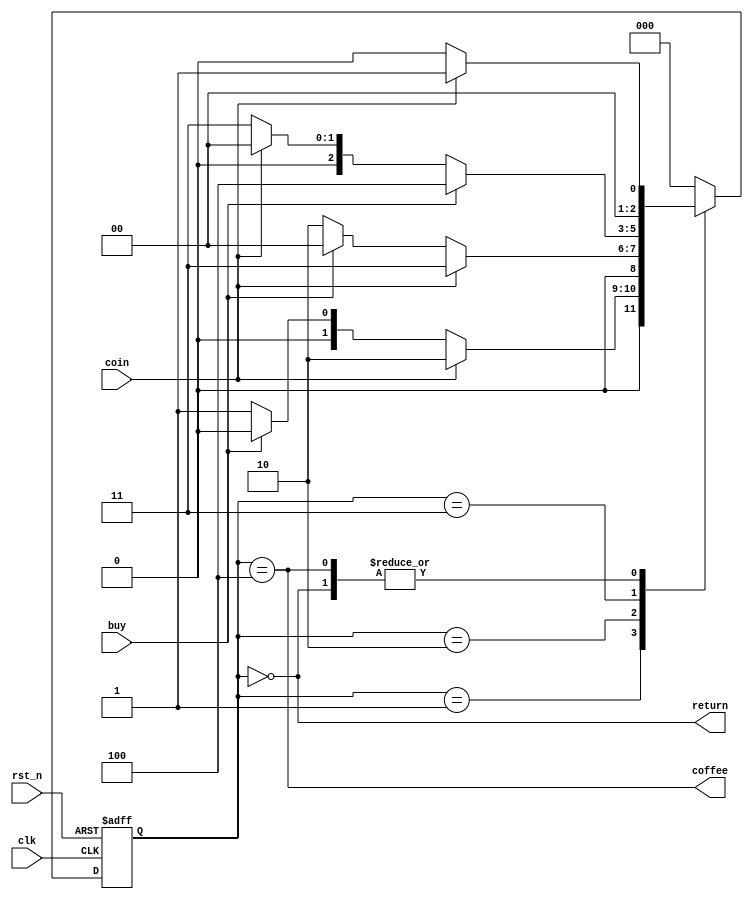
`timescale 1ns / 1ps
//////////////////////////////////////////////////////////////////////////////////
// Company: 
// Engineer: 
// 
// Design Name: 
// Module Name: Coffee_Vending_Machine
// Project Name: 
// Target Devices: 
// Tool Versions: 
// Description: 
// 
// Dependencies: 
// 
// Revision:
// Revision 0.01 - File Created
// Additional Comments:
// 
//////////////////////////////////////////////////////////////////////////////////


module Coffee_Vending_Machine(clk, rst_n, coin, buy, coffee, return);
input clk;
input rst_n;
input coin;
input buy;
output coffee;
output return;

//present_state 
localparam S0 = 3'b000,
           S1 = 3'b001,
           S2 = 3'b010,
           S3 = 3'b011,
           S4 = 3'b100;
           //S0:(:0), S1:100  , S2:200  , S3:300  , S4:   
reg [2:0] present_state, next_state;

//update present state - Sequential logic
always @(posedge clk or negedge rst_n) begin
    if(!rst_n) present_state <= S0; //rst_n negative egde , present state S0 .
    else present_state <= next_state;
end

//update next state - Combinational logic
always @(*) begin 
    case(present_state)
        S0: //   
            if(coin==1) next_state = S1; //coin 1  ,  S1(  100 ) .
            else next_state = S0;  //  ,   .
        
        S1: //  100   
            if(coin==1) next_state = S2; // 100 ,  S2(  200 ) .
            else begin
                if(buy==1) next_state = S0; // 300     buy ,   S0() .
                else next_state = S1; //     100   ()
            end
                
        S2: //  200   
            if(coin==1) next_state = S3; // 100 ,  S3(  300 ) .
            else begin
                if(buy==1) next_state = S0; // 300     buy ,   S0() .
                else next_state = S2; //     200   ()
            end
            
        S3: //  300   ,    
            if(buy==1) next_state = S4; // ,  S4(  ) .
            else begin
                if(coin==1) next_state = S0; // 300  ,     S0( ) .
                else next_state = S3; //   ,     S3 .
            end
            
        S4: // 300 ,  
            if(coin==1) next_state = S1; //,  100   S1(  100 ) .
            else next_state = S0; //  ,  (S0) .
            
        default: next_state = S0;
    endcase
end

// output
assign coffee = (present_state == S4);
assign return = (present_state == S0);
endmodule